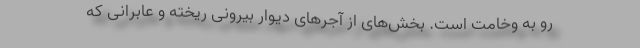
رو به وخامت است. بخش‌های از آجرهای دیوار بیرونی ریخته و عابرانی که